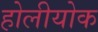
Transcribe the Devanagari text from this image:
होलीयोक